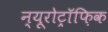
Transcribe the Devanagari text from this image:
न्यूरोट्रॉफ़िक